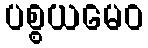
ပစ္စယမေဝ